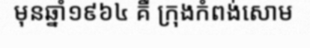
មុនឆ្នាំ១៩៦៤ គឺ ក្រុងកំពង់សោម